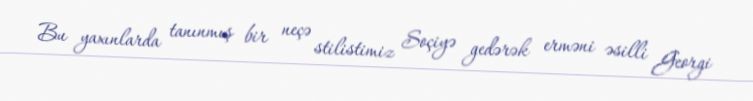
Bu yaxınlarda tanınmış bir neçə stilistimiz Soçiyə gedərək erməni əsilli Georgi